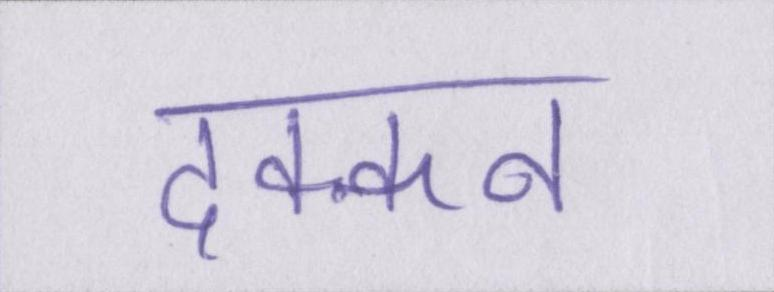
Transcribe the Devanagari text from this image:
दक्कन